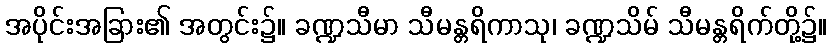
အပိုင်းအခြား၏ အတွင်း၌။ ခဏ္ဍသီမာ သီမန္တရိကာသု၊ ခဏ္ဍသိမ် သီမန္တရိက်တို့၌။